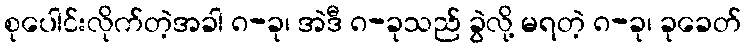
စုပေါင်းလိုက်တဲ့အခါ ၈-ခု၊ အဲဒီ ၈-ခုသည် ခွဲလို့ မရတဲ့ ၈-ခု၊ ခုခေတ်